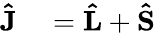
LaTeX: \begin{array}{rl}{\mathbf{\hat{J}}}&{{}=\mathbf{\hat{L}}+\mathbf{\hat{S}}}\end{array}